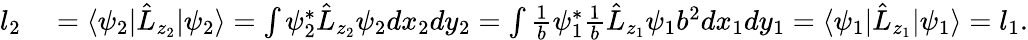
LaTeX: \begin{array}{rl}{l_{2}}&{{}=\langle\psi_{2}|\hat{L}_{z_{2}}|\psi_{2}\rangle=\int{\psi_{2}^{*}\hat{L}_{z_{2}}\psi_{2}dx_{2}dy_{2}}=\int{\frac{1}{b}\psi_{1}^{*}\frac{1}{b}\hat{L}_{z_{1}}\psi_{1}b^{2}dx_{1}dy_{1}}=\langle\psi_{1}|\hat{L}_{z_{1}}|\psi_{1}\rangle=l_{1}.}\end{array}